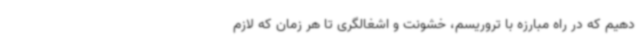
دهیم که در راه مبارزه با تروریسم، خشونت و اشغالگری تا هر زمان که لازم